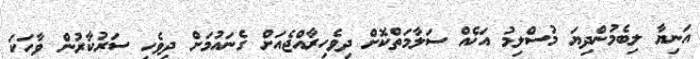
އަނިޔާ ލިބެމުންދިޔަ މުސްލިމު އަޚެއް ސަލާމަތްކޮށް ދިވެހިރާއްޖެއަށް ގެނައުމަށް ދިވެހި ސަރުކާރުން ވާހަކަ